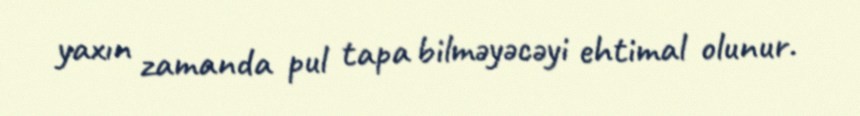
yaxın zamanda pul tapa bilməyəcəyi ehtimal olunur.